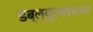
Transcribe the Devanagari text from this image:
डब्ल्यूएमएमआर